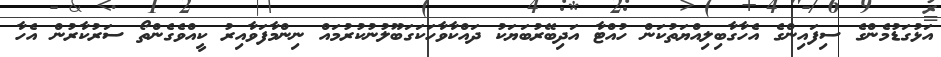
އަޅުގަޑުމެންގެ ސިފައިންގެ އެހާގާބިލިއްޔަތުކަން ހުއްޓާ އަދިބޭރުބަޔަކު ދައްކާވާހަކަގަބޫލުނުކުރުމައް ނިންމާފަވާއިރު ކީއްވެގެންތޯ ސަރުކާރުން އެހާ